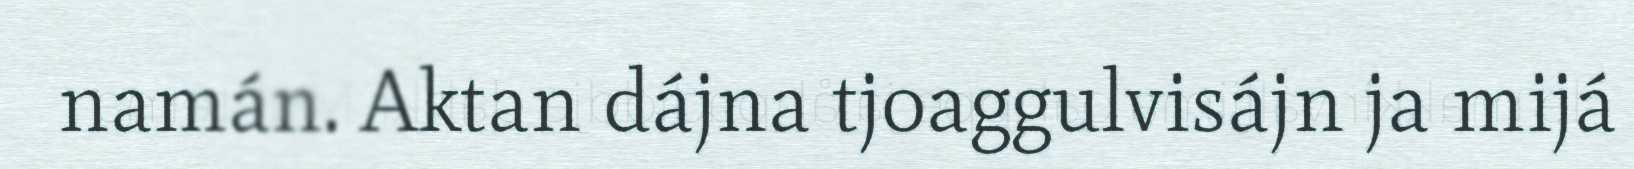
namán. Aktan dájna tjoaggulvisájn ja mijá